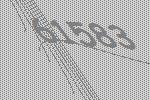
61583